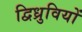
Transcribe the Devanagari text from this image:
द्विध्रुवियों